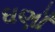
ઘણાઁ